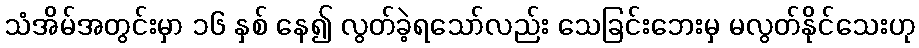
သံအိမ်အတွင်းမှာ ၁၆ နှစ် နေ၍ လွတ်ခဲ့ရသော်လည်း သေခြင်းဘေးမှ မလွတ်နိုင်သေးဟု